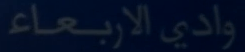
وادي الاربعاء